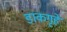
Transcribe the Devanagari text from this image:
डाकगृहे